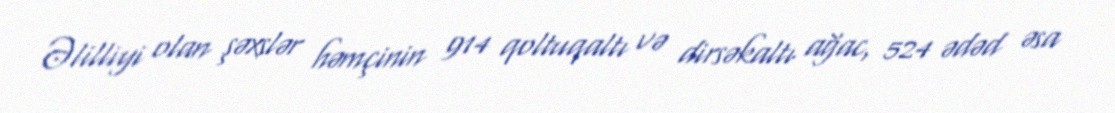
Əlilliyi olan şəxslər həmçinin 914 qoltuqaltı və dirsəkaltı ağac, 524 ədəd əsa